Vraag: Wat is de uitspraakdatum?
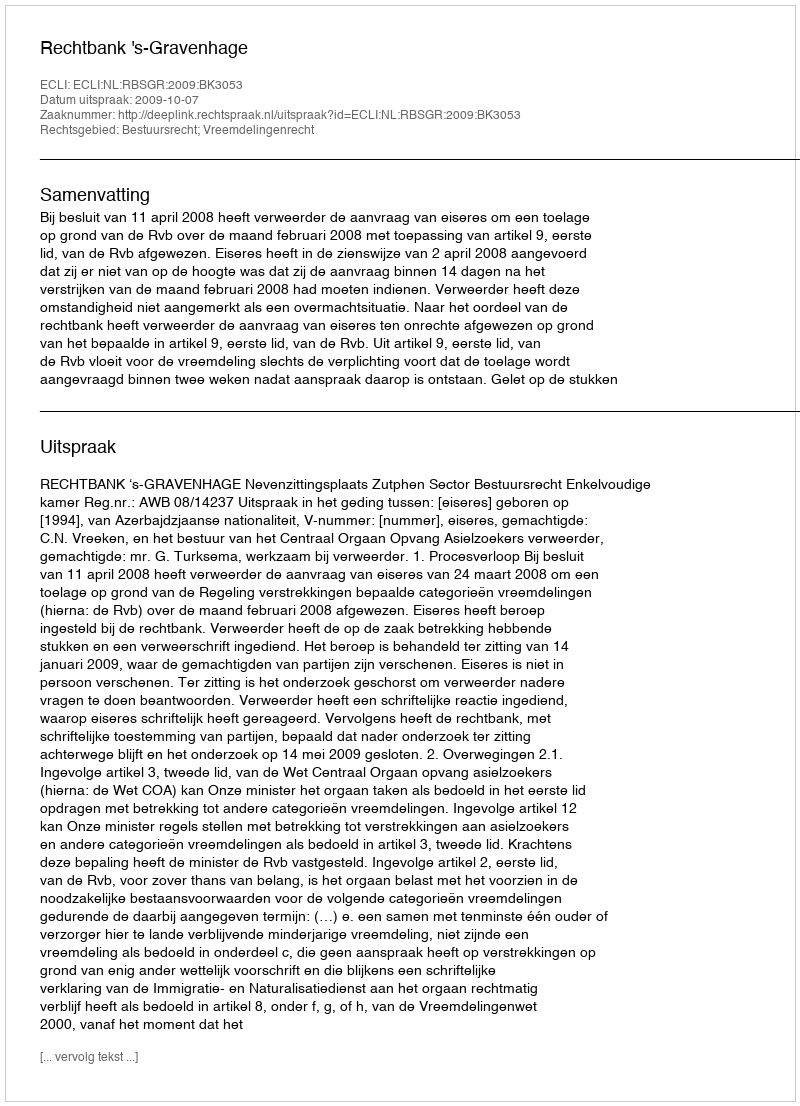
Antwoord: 2009-10-07